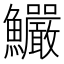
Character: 𩽴